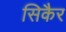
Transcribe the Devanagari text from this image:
सिकैर